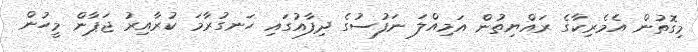
މިގޮތުން އެމެރިކާގެ ރައްޔިތުން އަމިއްލަ ނަފުސުގެ ދިފާއުގައި ހަނގުރާމަ ކުރާއިރު ޖަޕާން މީހުން